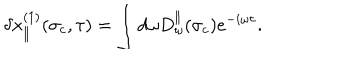
\delta x _ { \parallel } ^ { ( 1 ) } ( \sigma _ { c } , \tau ) = \int d \omega D _ { \omega } ^ { \parallel } ( \sigma _ { c } ) e ^ { - i \omega \tau } .